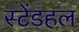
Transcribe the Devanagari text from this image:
स्टेंडहल